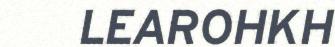
LEAROHKH